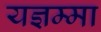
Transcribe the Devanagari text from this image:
यज्ञम्मा